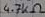
Text: 4.7KΩ